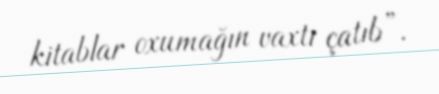
kitablar oxumağın vaxtı çatıb”.